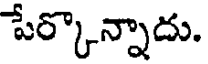
పేర్కొన్నాదు.